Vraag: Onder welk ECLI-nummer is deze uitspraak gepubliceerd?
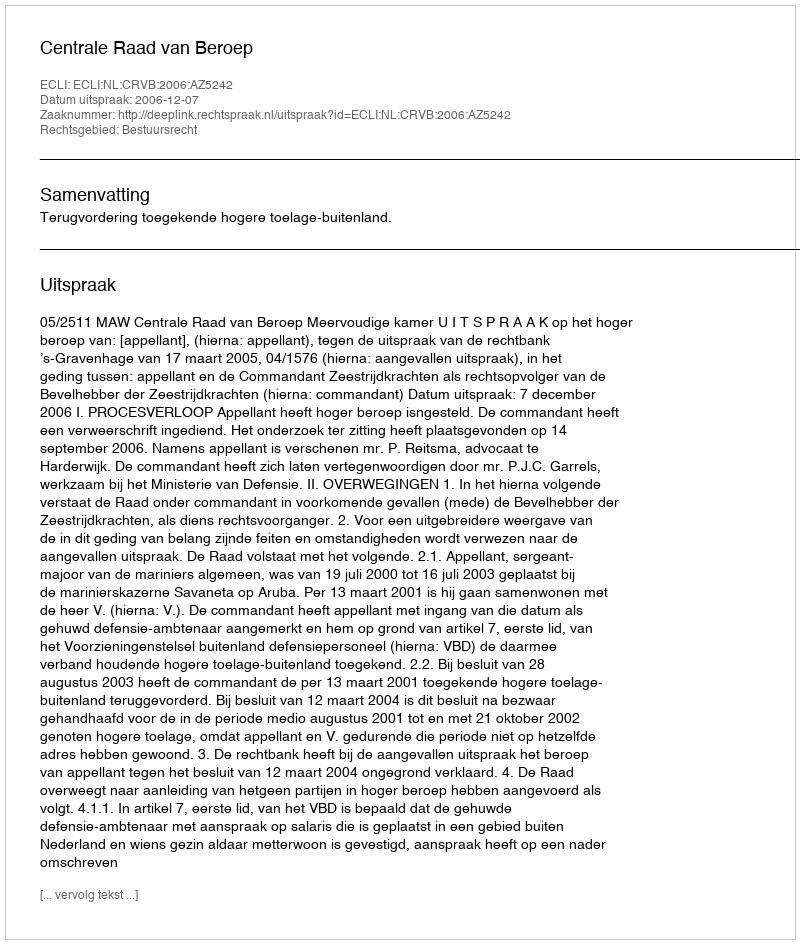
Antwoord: ECLI:NL:CRVB:2006:AZ5242